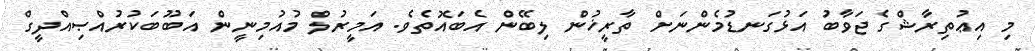
މި އިޢުތިރާޝްގެ ޖަވާބު އަޅުގަނޑުމެންނަށް ތާރީޚުން ލިބޭން އެބައޮތެވެ. އަމީރުލް މުއުމިނީން އަބޫބަކުރުއްޞިއްދީގް